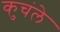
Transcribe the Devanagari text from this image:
कुचंले